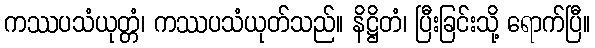
ကဿပသံယုတ္တံ၊ ကဿပသံယုတ်သည်။ နိဋ္ဌိတံ၊ ပြီးခြင်းသို့ ရောက်ပြီ။